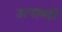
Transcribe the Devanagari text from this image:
उत्पामदों